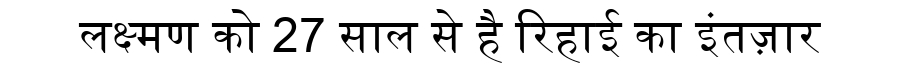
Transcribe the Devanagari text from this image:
लक्ष्मण को 27 साल से है रिहाई का इंतज़ार